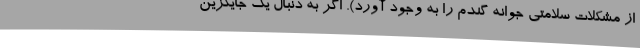
از مشکلات سلامتی جوانه گندم را به وجود آورد). اگر به دنبال یک جایگزین